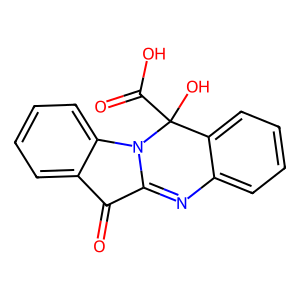
SMILES: O=C1C2=Nc3ccccc3C(O)(C(=O)O)N2c2ccccc21
Inhibits HIV replication: No